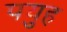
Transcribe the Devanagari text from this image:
पयुह